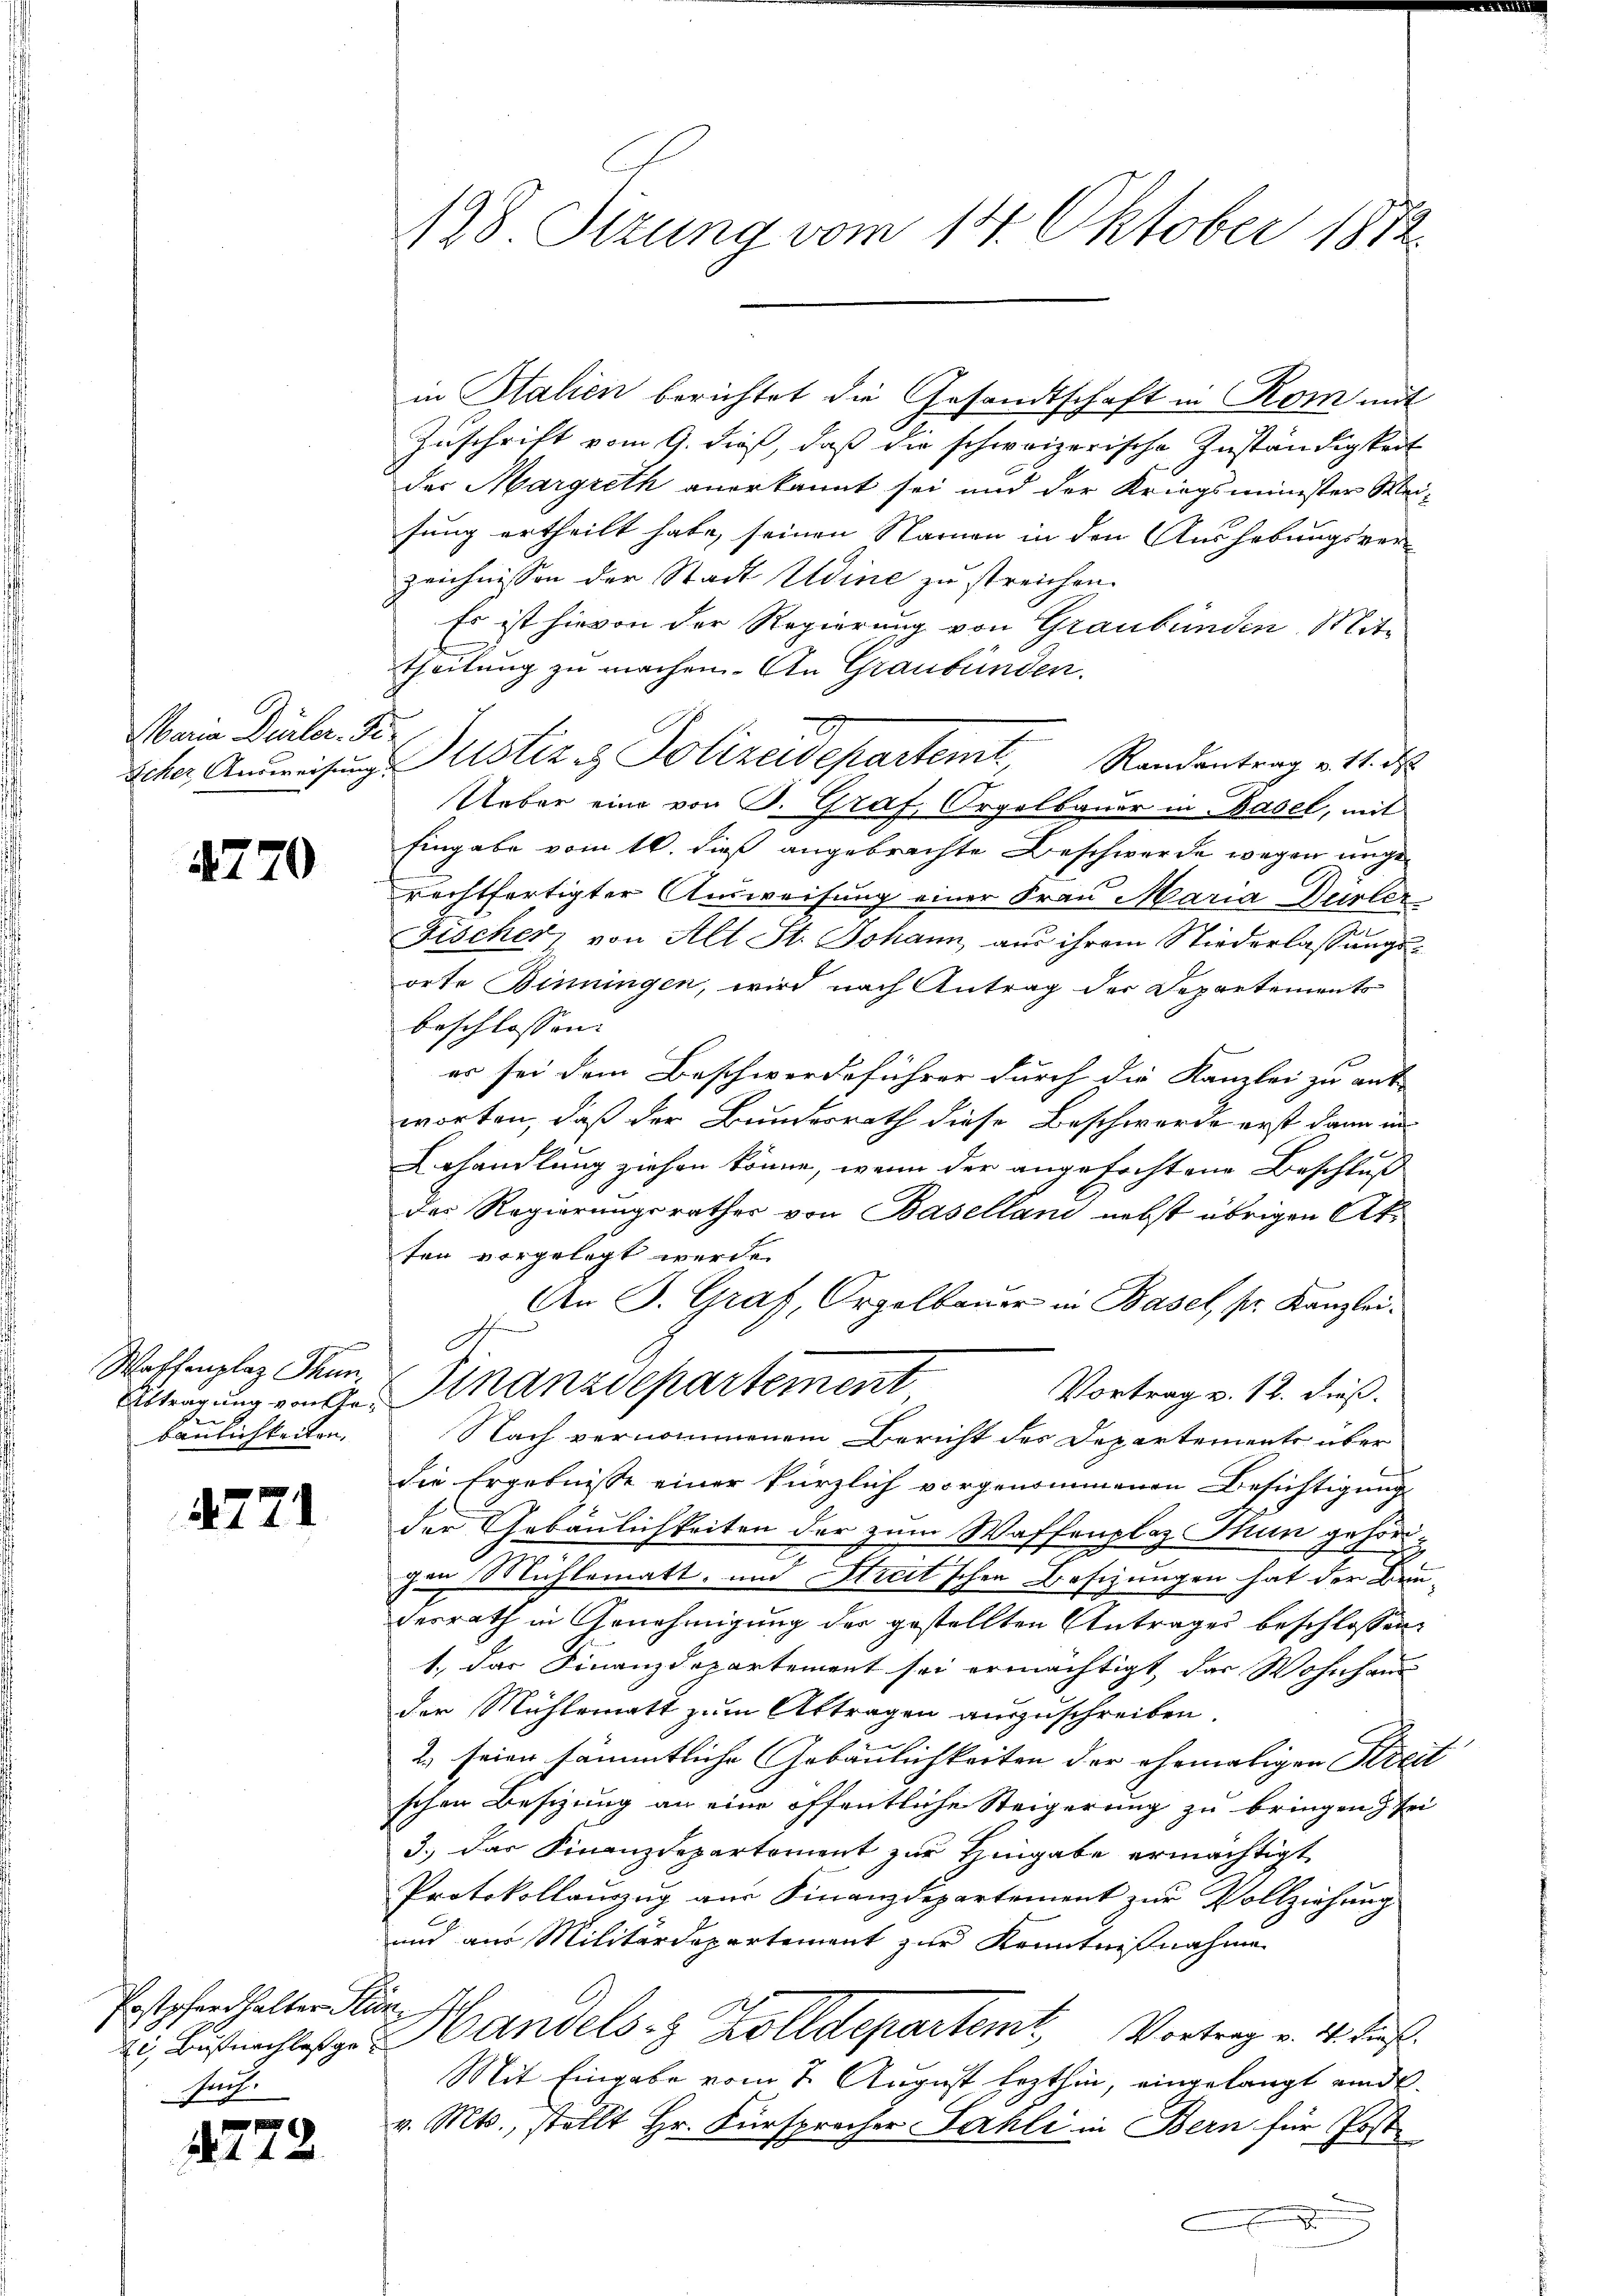
Maria Dürler. 3.

4770

Waffenplaz Thun.
Abtragung von Gebaulichkeiten.

4771

Postpfandhalter Sta
e Bus nachlaß ge¬
Aach.

.

12.

128. Sizung vom 14. Oktober 1872

in Stalien berichtet die Gesandtschaft in Rom mit
Zuschrift vom 9. dieß, daß die schweizerische Zuständigkeit
des Margreth anerkannt sei und der Kriegsminister Weisung ertheilt habe, seinen Namen in den Aushebungsver-
zeichnissen der Stadt Udine zu streichen.
Es ist hievon der Regierung von Graubünden Mit-
theilung zu machen. An Graubünden.
I
27
Icher Ausweisŭng Astiz & Polizeidepartemt, Randantrag u. 11. d.
Ueber eine von B. Graf, Orgelbauer in Basel, mit
Eingabe vom 16. dieß angebrachte Beschwerde wegen ungerechtfertigter Ausweisung einer Frau Maria Dürler
e
Fischer, von Alt St. Johann, aus ihrem Niederlassungsorte Binningen, wird nach Antrag der Departements
beschlossen:
er sei dem Beschwerdeführer durch die Kanzlei zu ant
worten, daß der Bundesrath diese Beschwerde erst dann un
Erhandlung ziehen könne, wenn der angefochten Beschluß
des Regierungsrathes von Baselland nebst übrigen Akten vorgelegt werde.
An J. Graf, Orgelbauer in Basel, pr. Kanzlei.
Finanzdepartement
Vortrag v. 12. dieß.
.
Nach vernommenem Bericht des Departements über
die Ergebnisse einer kürzlich vorgenommenen Besichtigung
der Gebäulichkeiten der zum Waffenplaz Thun gehörichen Mühlematt, und Streitschen Besizungen hat der Bauderrath in Genehmigung der gestellten Antrages beschlossen
1. das Finanzdepartement sei ermächtigt, das Wohnhaus
der Mühlematt zum Abtragen auszuschreiben.
2.) seien sämmtliche Gebäulichkeiten der ehemaligen Streit
schen Besizung an eine öffentliche Steigerung zu bringen & sei
3., das Finanzdepartement zur Hingabe ermächtigt
Protokollauszug aus Finanzdepartement zur Vollziehung
und aus Militärdepartement zur Kenntnißnahme
t
Handels- & Zolldepartemt Vortrag v. M. tief
Mit Eingabe vom 2. August lezthin, eingelangt einde.
v. Mts., stellt Hr. Fürsprocher Sahli in Bern für Poste
F